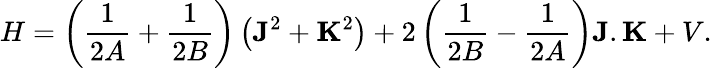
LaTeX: H=\left(\frac{1}{2A}+\frac{1}{2B}\right)\left({\mathbf J}^{2}+{\mathbf K}^{2}\right)+2\left(\frac{1}{2B}-\frac{1}{2A}\right){\mathbf J}.{\mathbf K}+V.